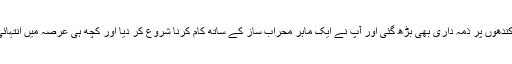
لاہور میں آکر آپ کے کندھوں پر ذمہ داری بھی بڑھ گئی اور آپ نے ایک ماہر محراب ساز کے ساتھ کام کرنا شروع کر دیا اور کچھ ہی عرصہ میں انتہائی مہارت حاصل کر لی۔